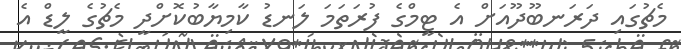
މެޗުގައި ދަރަނބޫދޫއަށް އެ ޓީމްގެ ފުރަތަމަ ލަނޑު ކާމިޔާބުކޮށްދީ މެޗުގެ ލީޑް އެ